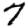
Digit: 7